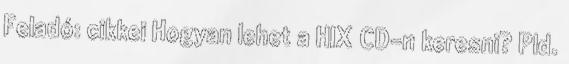
Feladó: cikkei Hogyan lehet a HIX CD-n keresni? Pld.